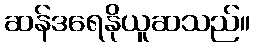
ဆန်ဒရေနိုယူဆသည်။